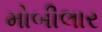
મોબીલાર